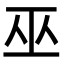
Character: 巫